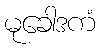
မုခေါဒကံ